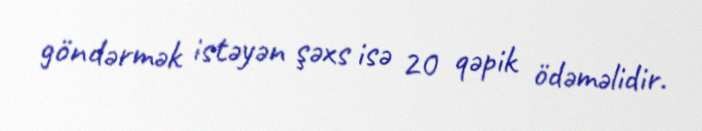
göndərmək istəyən şəxs isə 20 qəpik ödəməlidir.